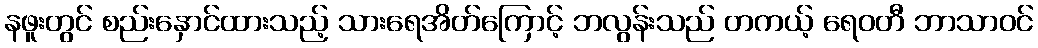
နဖူးတွင် စည်းနှောင်ထားသည့် သားရေအိတ်ကြောင့် ဘလွန်းသည် တကယ့် ရေဝတီ ဘာသာဝင်